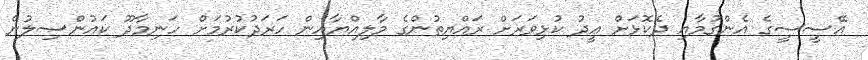
އޭސީސީގެ އެންގުމާއި ދެކޮޅަށް ޢީދު ކުޅިވަރަށް ރައްޔިތުންގެ މާލިއްޔާއިން ހަރަދުކުރުމަށް ހަނިމާދޫ ކައުންސިލުން